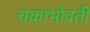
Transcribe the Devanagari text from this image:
चक्राभोवती